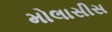
મોલાસીસ